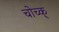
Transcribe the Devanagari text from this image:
चोच्क्